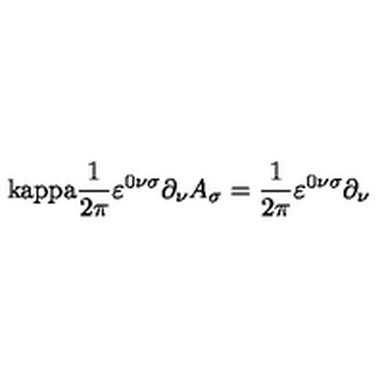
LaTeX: \mathrm { \ k a p p a } \frac { 1 } { 2 \pi } \varepsilon ^ { 0 \nu \sigma } \partial _ { \nu } A _ { \sigma } = \frac { 1 } { 2 \pi } \varepsilon ^ { 0 \nu \sigma } \partial _ { \nu }